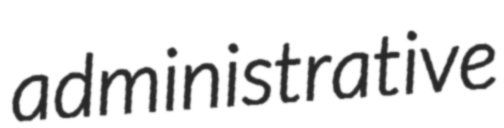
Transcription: administrative